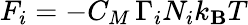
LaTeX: F_{i}=-C_{M}\, \Gamma_{i}N_{i}k_{\mathbf{B}}T